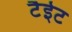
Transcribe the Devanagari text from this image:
टैईट